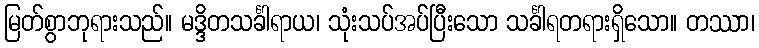
မြတ်စွာဘုရားသည်။ မဒ္ဒိတသင်္ခါရာယ၊ သုံးသပ်အပ်ပြီးသော သင်္ခါရတရားရှိသော။ တဿာ၊